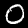
Digit: 0